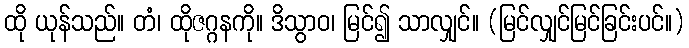
ထို ယုန်သည်။ တံ၊ ထိုဇဂ္ဂနကို။ ဒိသွာဝ၊ မြင်၍ သာလျှင်။ (မြင်လျှင်မြင်ခြင်းပင်။)